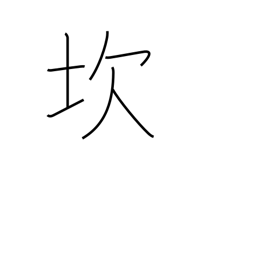
Meaning: pitfall